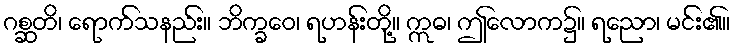
ဂစ္ဆတိ၊ ရောက်သနည်း။ ဘိက္ခဝေ၊ ရဟန်းတို့။ ဣဓ၊ ဤလောက၌။ ရညော၊ မင်း၏။